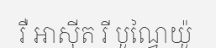
រឺ អាស៊ីត រី បូណ្វៃយ៉ូ